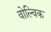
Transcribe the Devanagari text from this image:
वोल्विक